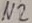
Text: N2